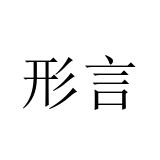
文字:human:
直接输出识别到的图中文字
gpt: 形言